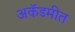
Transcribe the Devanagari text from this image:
अकॅडमीत